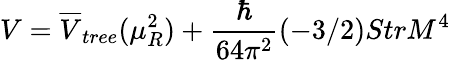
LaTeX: V=\overline{{{V}}}_{tree}(\mu_{R}^{2})+\frac{\hbar}{64\pi^{2}}(-3/2)StrM^{4}